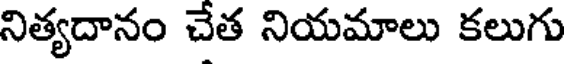
నిత్యదానం చేత నియమాలు కలుగు